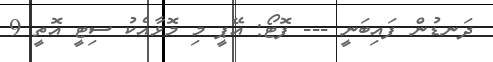
ދަނޑުން ފައިބަނީ --- ފޮޓޯ: އޭޕީ މި މޮޅާއެކު ސިޓީ އޮތީ 9